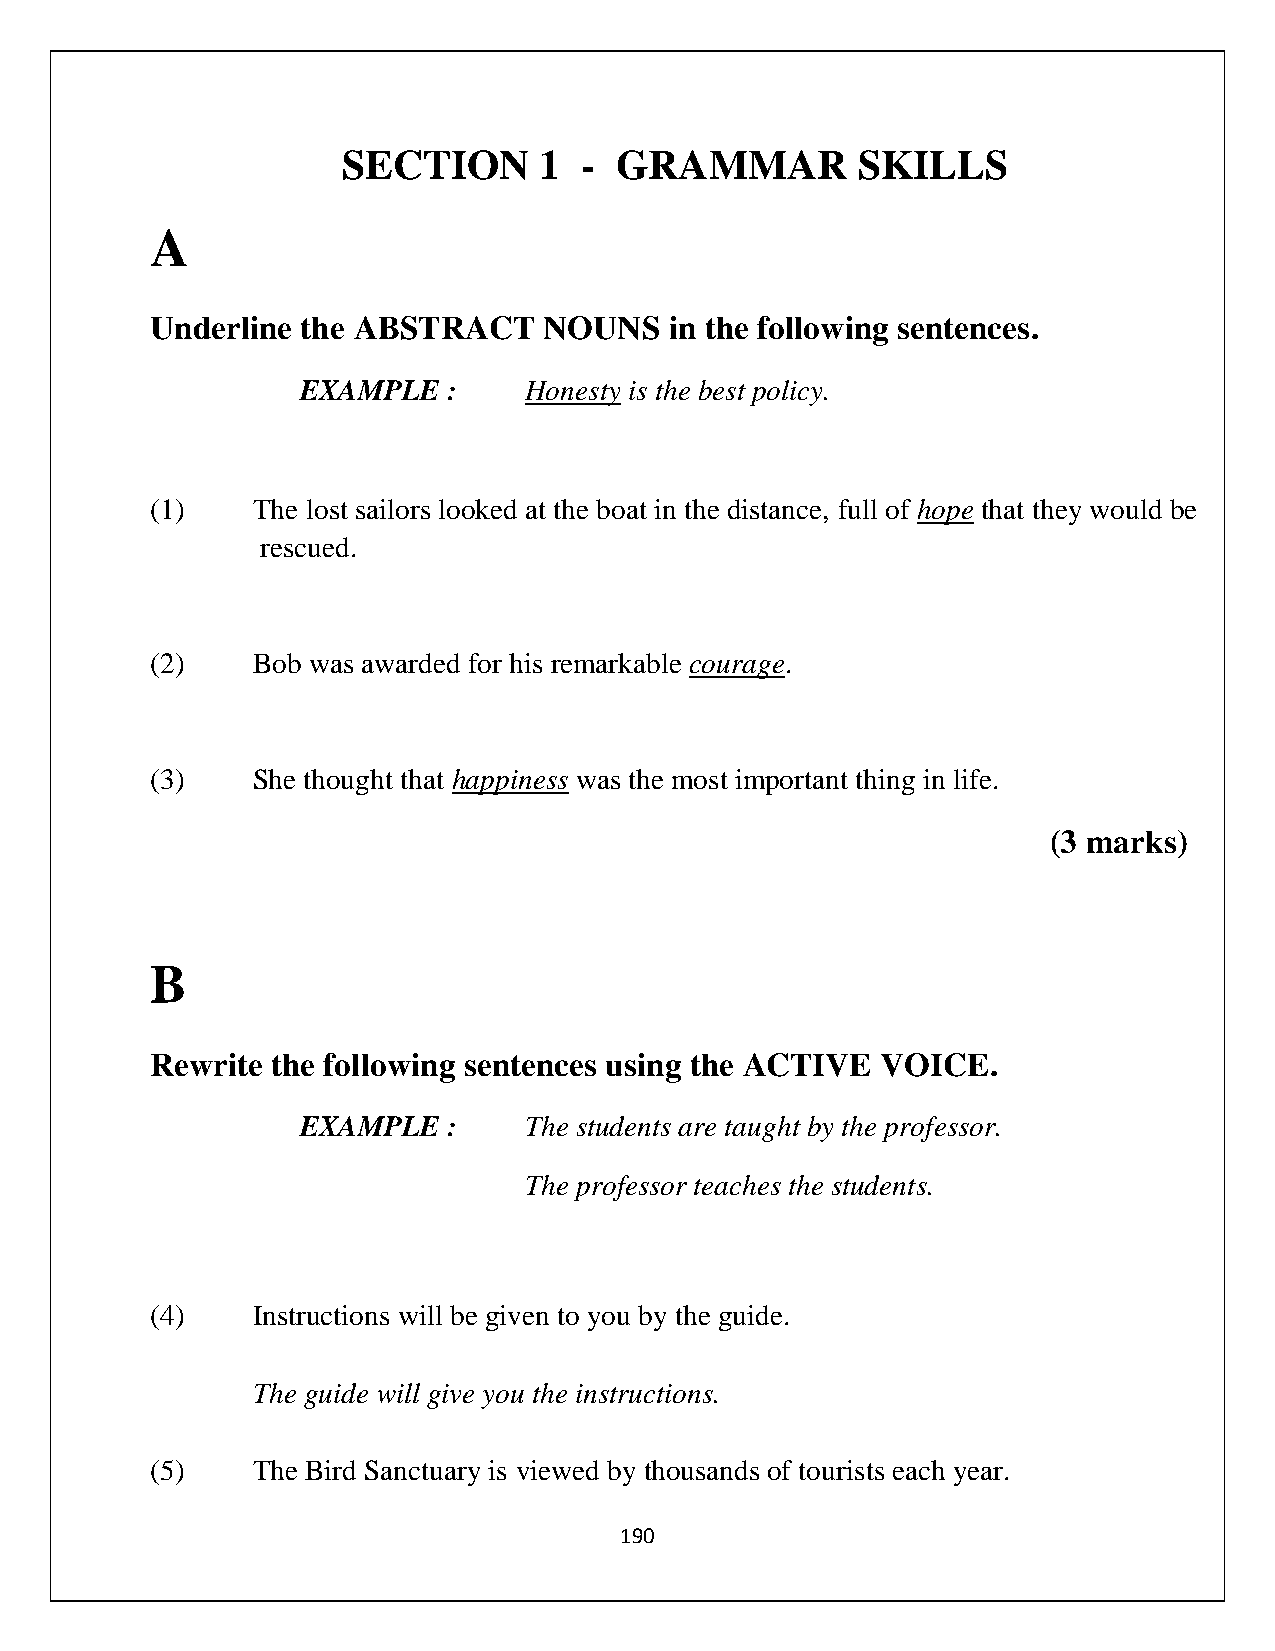
SECTION      1 -  GRAMMAR         SKILLS
 A
 Underline the ABSTRACT    NOUNS   in the following sentences.
 EXAMPLE   :    Honesty is the best policy.
 (1)    The lost sailors looked at the boat in the distance, full of hope that they would be
 rescued.
 (2)    Bob was awarded for his remarkable courage.
 (3)    She thought that happiness was the most important thing in life.
 (3 marks)
 B
 Rewrite the following sentences using the ACTIVE VOICE.
 EXAMPLE   :    The students are taught by the professor.
 The professor teaches the students.
 (4)    Instructions will be given to you by the guide.
 The guide will give you the instructions.
 (5)    The Bird Sanctuary is viewed by thousands of tourists each year.
 190